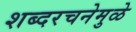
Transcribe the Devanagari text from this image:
शब्दरचनेमुळे